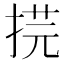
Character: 𢯥